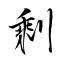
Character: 剩